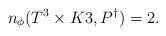
LaTeX: \begin{align*}n_{\phi}(T^3 \times K3, P^{\dagger}) = 2. \end{align*}